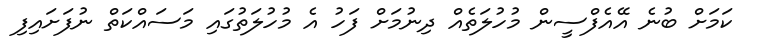
ކަމަށް ބުނެ އޭއެފްސީން މުހުލަތެއް ދިނުމަށް ފަހު އެ މުހުލަތުގައި މަސައްކަތް ނުފަށައިފި